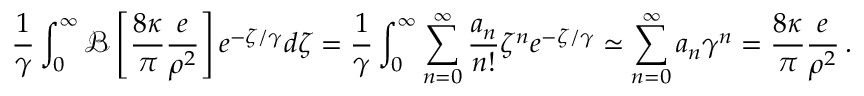
\frac { 1 } { \gamma } \int _ { 0 } ^ { \infty } \mathcal { B } \left[ \frac { 8 \kappa } { \pi } \frac { e } { \rho ^ { 2 } } \right] e ^ { - \zeta / \gamma } d \zeta = \frac { 1 } { \gamma } \int _ { 0 } ^ { \infty } \sum _ { n = 0 } ^ { \infty } \frac { a _ { n } } { n ! } \zeta ^ { n } e ^ { - \zeta / \gamma } \simeq \sum _ { n = 0 } ^ { \infty } a _ { n } \gamma ^ { n } = \frac { 8 \kappa } { \pi } \frac { e } { \rho ^ { 2 } } \, .